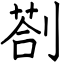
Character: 剳